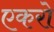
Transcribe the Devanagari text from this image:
एकरो